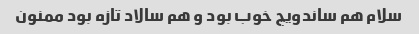
سلام هم ساندویچ خوب بود و هم سالاد تازه بود ممنون